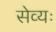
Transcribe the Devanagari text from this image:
सेव्यः